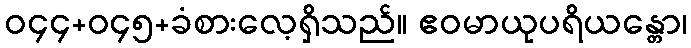
ဝ၄၄+ဝ၄၅+ခံစားလေ့ရှိသည်။ ဧဝမာယုပရိယန္တော၊